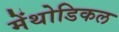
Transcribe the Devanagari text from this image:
मेंथोडिकल